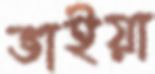
ভাইয়া